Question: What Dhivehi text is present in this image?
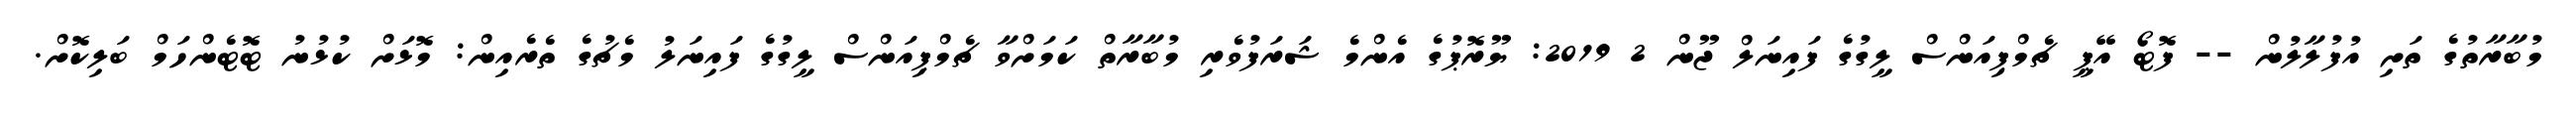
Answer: މުބާރާތުގެ ތަށި އުފުލާލުން -- ފޮޓޯ އޭޕީ ޗެމްޕިއަންސް ލީގުގެ ފައިނަލް ޖޫން 2 2019: ޔޫރޮޕުގެ އެންމެ ޝަރަފުވެރި މުބާރާތް ކަމަށްވާ ޗެމްޕިއަންސް ލީގުގެ ފައިނަލު މެޗުގެ ތެރެއިން: މޮޅަށް ކުޅުނު ޓޮޓެންހަމް ބަލިކޮށް.